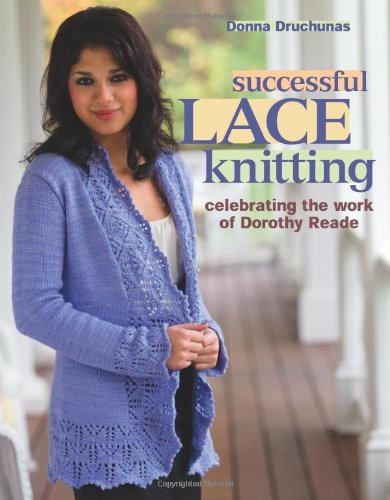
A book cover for Successful Lace Knitting: Celebrating the Work of Dorothy Reade; Donna Druchunas; Crafts, Hobbies & Home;